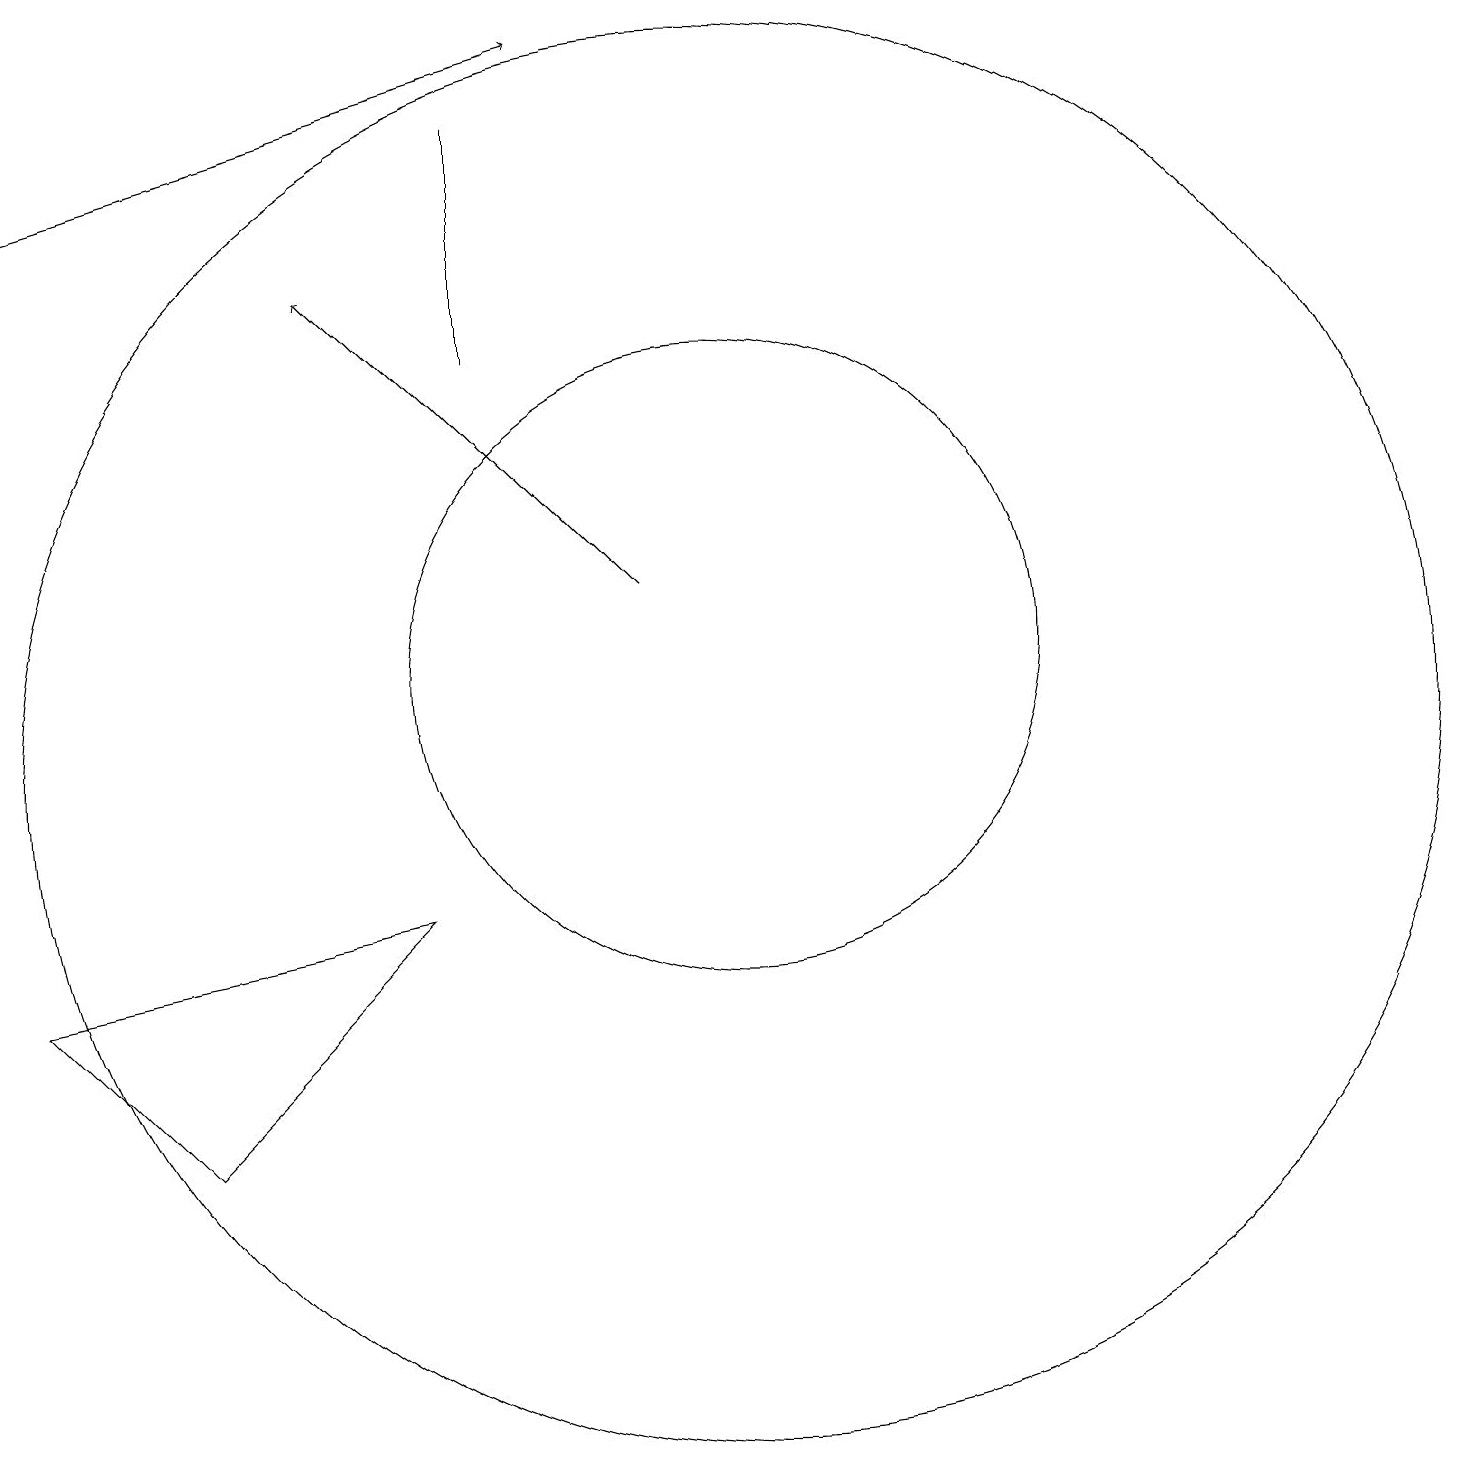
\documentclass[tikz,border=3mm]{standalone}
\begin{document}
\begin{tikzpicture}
\draw (10,10) circle (9);
\draw[->] (1,17) -- (8,19);
\draw (3,5) -- (1,7) -- (6,8) -- cycle;
\draw (10,11) circle (4);
\draw (7,15) rectangle (7,18);
\draw[->] (9,12) -- (5,16);
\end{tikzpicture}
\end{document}